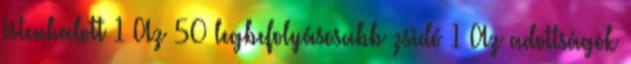
Istenhalott 1 Az 50 legbefolyásosabb zsidó 1 Az adottságok